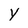
Character: y